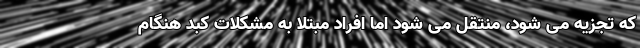
که تجزیه می شود، منتقل می شود اما افراد مبتلا به مشکلات کبد هنگام